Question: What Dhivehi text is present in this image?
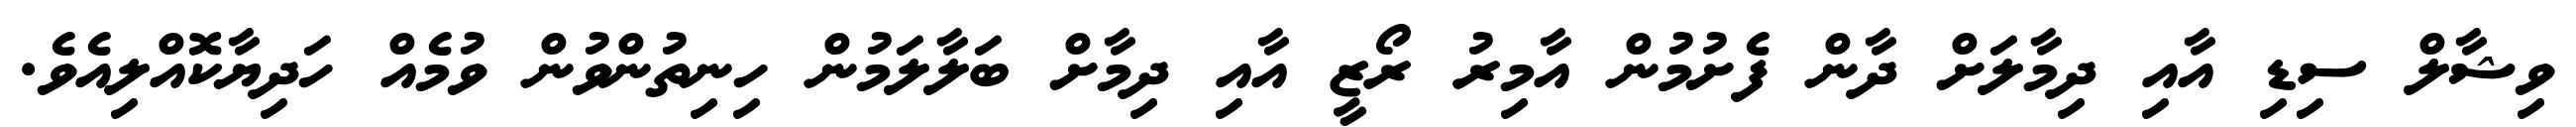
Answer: ވިޝާލް ސިޑި އާއި ދިމާލަށް ދާން ފެށުމުން އާމިރު ރޯޒީ އާއި ދިމާށް ބަލާލަމުން ހިނިތުންވުން ވުމެއް ހަދިޔާކޮއްލިއެވެ.